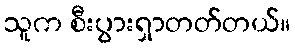
သူက စီးပွားရှာတတ်တယ်။